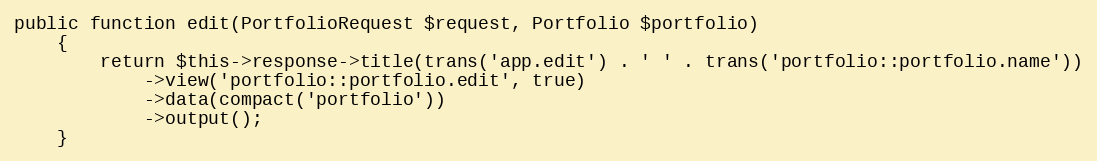
Language: PHP
public function edit(PortfolioRequest $request, Portfolio $portfolio)
    {
        return $this->response->title(trans('app.edit') . ' ' . trans('portfolio::portfolio.name'))
            ->view('portfolio::portfolio.edit', true)
            ->data(compact('portfolio'))
            ->output();
    }